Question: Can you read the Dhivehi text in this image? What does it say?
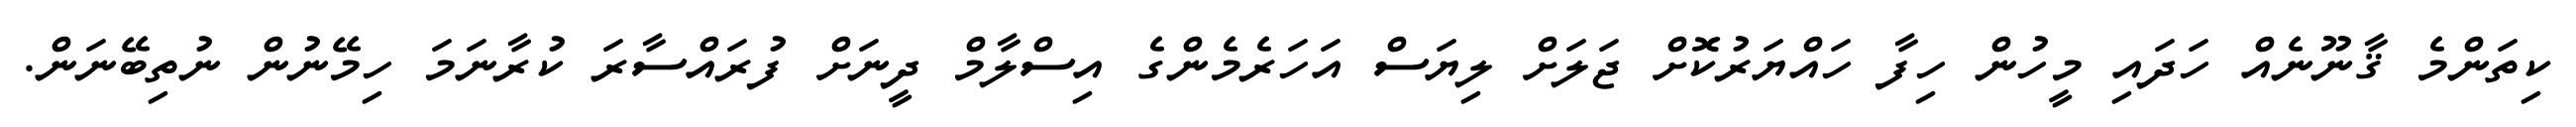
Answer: ކިތަންމެ ޤާނޫނެއް ހަދައި މީހުން ހިފާ ހައްޔަރުކޮށް ޖަލަށް ލިޔަސް އަހަރެމެންގެ އިސްލާމް ދީނަށް ފުރައްސާރަ ކުރާނަމަ ހިމޭނުން ނުތިބޭނަން.